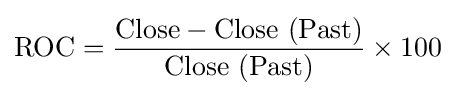
{\text{ROC}}={\frac {{\text{Close}}-{\text{Close (Past)}}}{\text{Close (Past)}}}\times 100